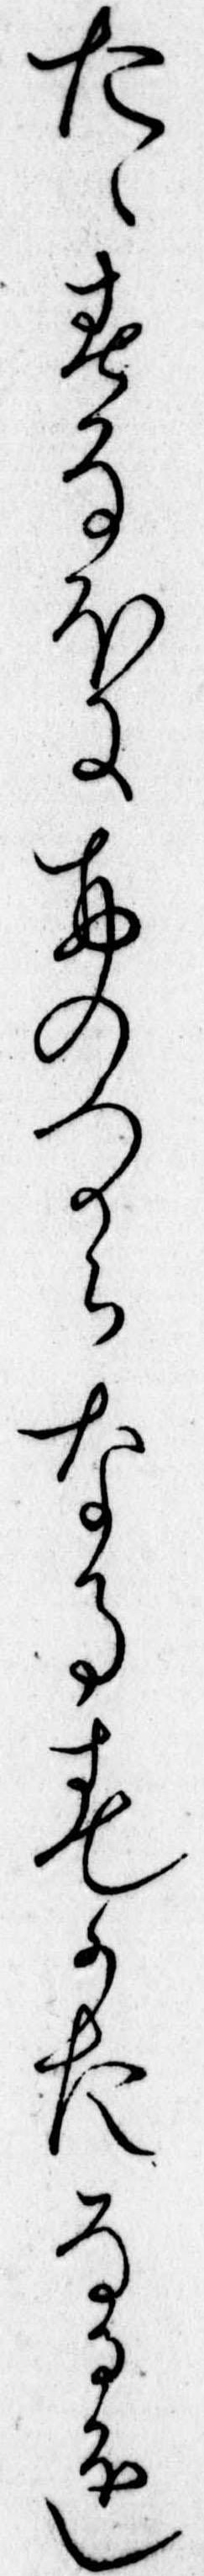
たゝすなほにおのつからなるすかたなるを